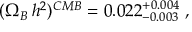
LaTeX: ( \Omega _ { B } \, h ^ { 2 } ) ^ { C M B } = 0 . 0 2 2 _ { - 0 . 0 0 3 } ^ { + 0 . 0 0 4 } \; ,